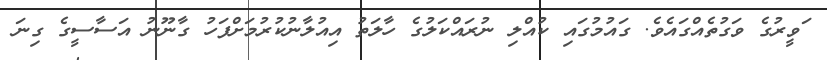
ަވީރުގެ ވަގުތެއްގައެވެ. ގައުމުގައި ކުއްލި ނުރައްކަލުގެ ހާލަތު އިއުލާނުކުރުމަށްފަހު ގާނޫނު އަސާސީގެ ގިނަ